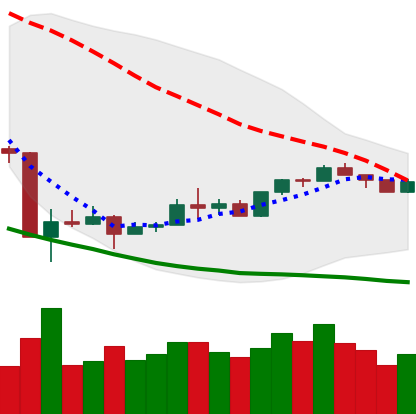
Ticker: XMR-USD
Chart end date: 2020-03-30
Forward return: 16.02%
Label: up_7plus